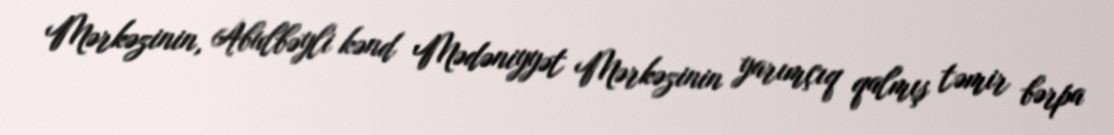
Mərkəzinin, Abulbəyli kənd Mədəniyyət Mərkəzinin yarımçıq qalmış təmir bərpa